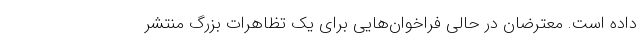
داده است. معترضان در حالی فراخوان‌هایی برای یک تظاهرات بزرگ منتشر